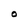
Character: O